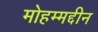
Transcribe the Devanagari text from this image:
मोहम्मद्दीन